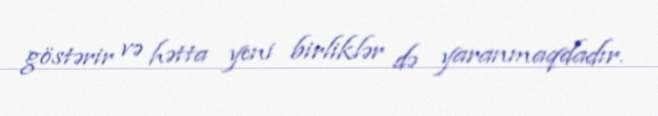
göstərir və hətta yeni birliklər də yaranmaqdadır.